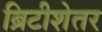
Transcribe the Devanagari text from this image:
ब्रिटीशेतर